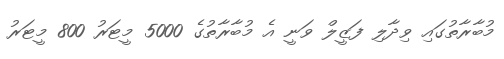
މުބާރާތުގައި ވިދާލި ފަޒީލް ވަނީ އެ މުބާރާތުގެ 5000 މީޓަރު 800 މީޓަރު